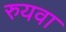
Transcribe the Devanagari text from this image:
रुयवा